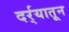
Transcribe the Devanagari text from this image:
दर्र्‍यातून